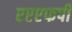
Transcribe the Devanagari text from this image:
एएएफपी